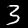
Digit: 3